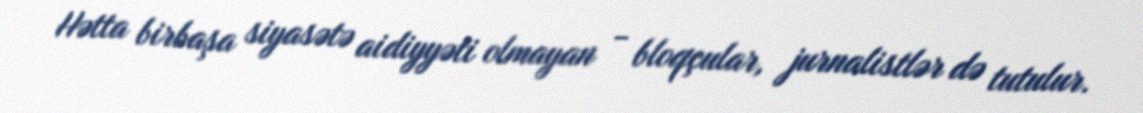
Hətta birbaşa siyasətə aidiyyəti olmayan - bloqçular, jurnalistlər də tutulur.